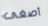
أصغى